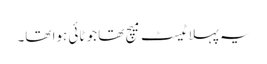
یہ پہلا ٹیسٹ میچ تھا جو ٹائی ہوا تھا۔